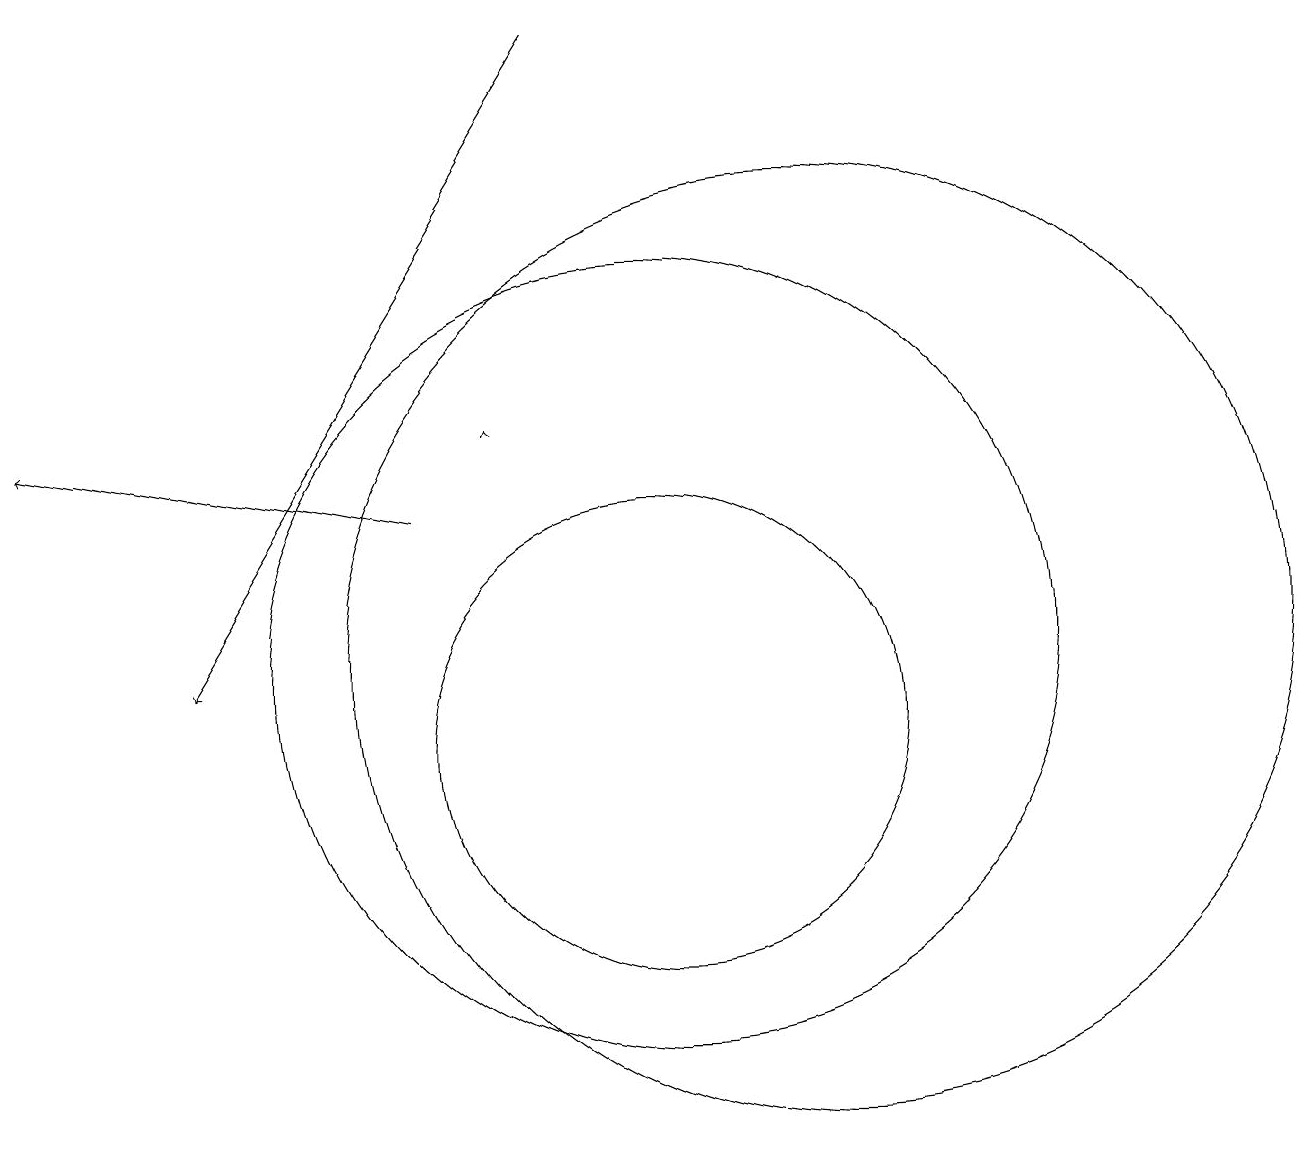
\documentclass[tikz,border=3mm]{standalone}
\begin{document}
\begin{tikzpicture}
\draw (12,11) circle (6);
\draw (10,10) circle (3);
\draw (12,10) circle (0);
\draw[->] (7,13) -- (2,14);
\draw[->] (8,14) -- (8,14);
\draw (10,11) circle (5);
\draw[->] (9,19) -- (4,11);
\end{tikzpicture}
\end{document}